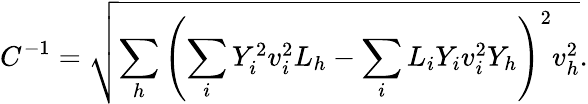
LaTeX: C^{-1}={\sqrt{\sum_{h}\left(\sum_{i}Y_{i}^{2}v_{i}^{2}L_{h}-\sum_{i}L_{i}Y_{i}v_{i}^{2}Y_{h}\right)^{2}v_{h}^{2}}}.